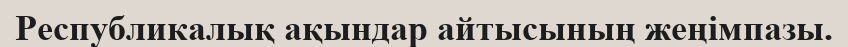
Республикалық ақындар айтысының жеңімпазы.